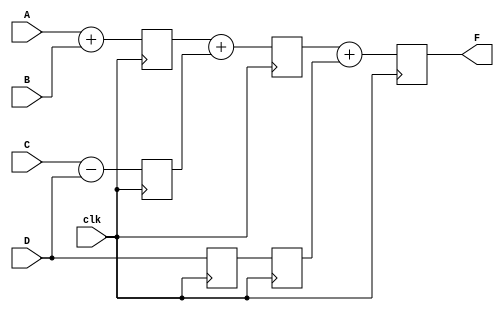
`timescale 1ns / 1ps
//////////////////////////////////////////////////////////////////////////////////
// Company: 
// Engineer: 
// 
// Design Name: 
// Module Name:    PIPE_EX 
// Project Name: 
// Target Devices: 
// Tool versions: 
// Description: 
//
// Dependencies: 
//
// Revision: 
// Revision 0.01 - File Created
// Additional Comments: 
//
//////////////////////////////////////////////////////////////////////////////////
module PIPE_EX(F,A,B,C,D,clk);
parameter N=10;
input[N-1:0] A,B,C,D;
input clk;
output[N-1:0] F;
reg[N-1:0] L12_X1,L12_X2,L12_D,L23_X3,L23_D,L34_F;
assign F=L34_F;
always@(posedge clk)
begin
L12_X1<=#4 A+B;
L12_X2<=#4 C-D;
L12_D<=D;
end
always@(posedge clk)
begin
L23_X3<=#4 L12_X1+L12_X2;
L23_D<=L12_D;
end
always@(posedge clk)
L34_F<= #6 L23_X3+L23_D;
endmodule